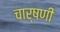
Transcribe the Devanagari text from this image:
चार्षणी